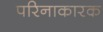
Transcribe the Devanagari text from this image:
परिनाकारक